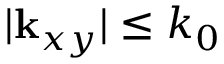
| { \bf k } _ { x y } | \leq k _ { 0 }